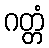
ဂတ္တံ